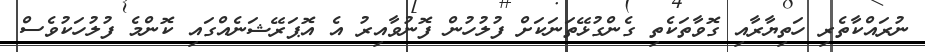
ނުރައްކާތެރި ހަތިޔާރާއި ގޮވާތަކެތި ގެންގުޅޭތަނަކަށް ފުލުހުން ފޮނުވާއިރު އެ އޮޕަރޭޝަނެއްގައި ކޮންމެ ފުލުހަކުވެސް